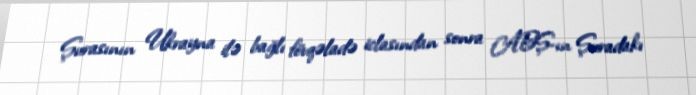
Şurasının Ukrayna ilə bağlı fövqəladə iclasından sonra ABŞ-ın Şuradakı